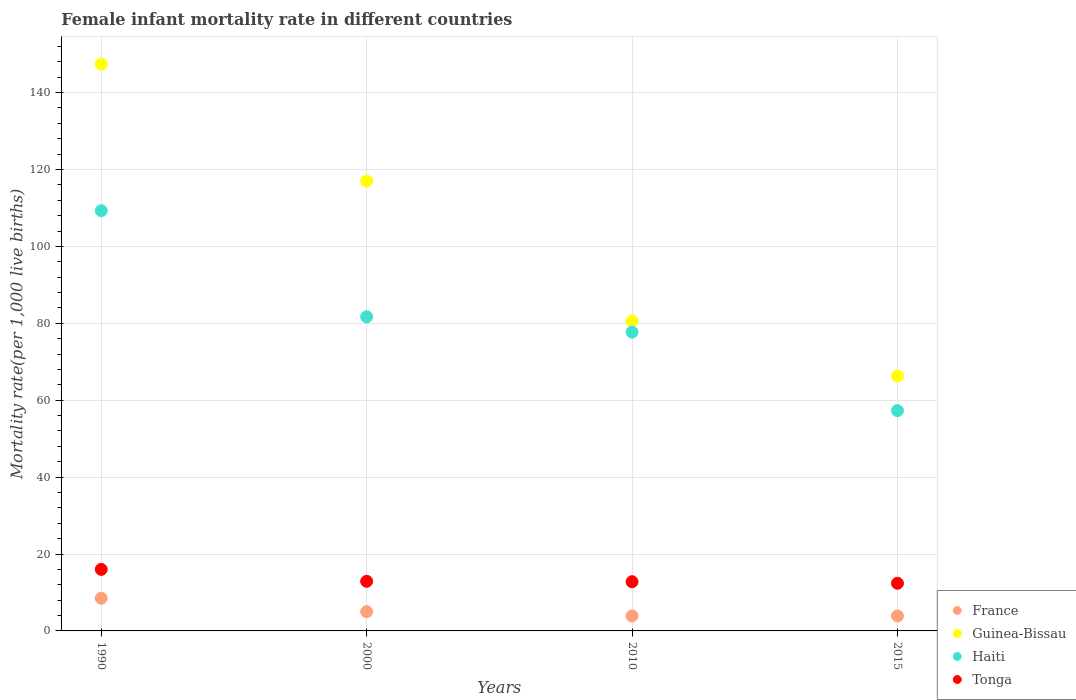
| Years | France | Guinea-Bissau | Haiti | Tonga |
 | --- | --- | --- | --- | --- |
 | 1990 | 8.5 | 147 | 109 | 16 |
 | 2000 | 5 | 117 | 81.7 | 12.9 |
 | 2010 | 3.9 | 80.6 | 77.7 | 12.8 |
 | 2015 | 3.9 | 66.3 | 57.3 | 12.4 |